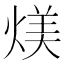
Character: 𪹏